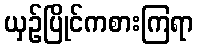
ယှဉ်ပြိုင်ကစားကြရာ